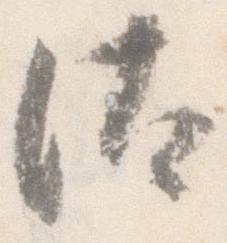
汰